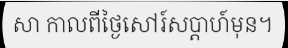
សា កាលពីថ្ងៃសៅរ៍សប្តាហ៍មុន។